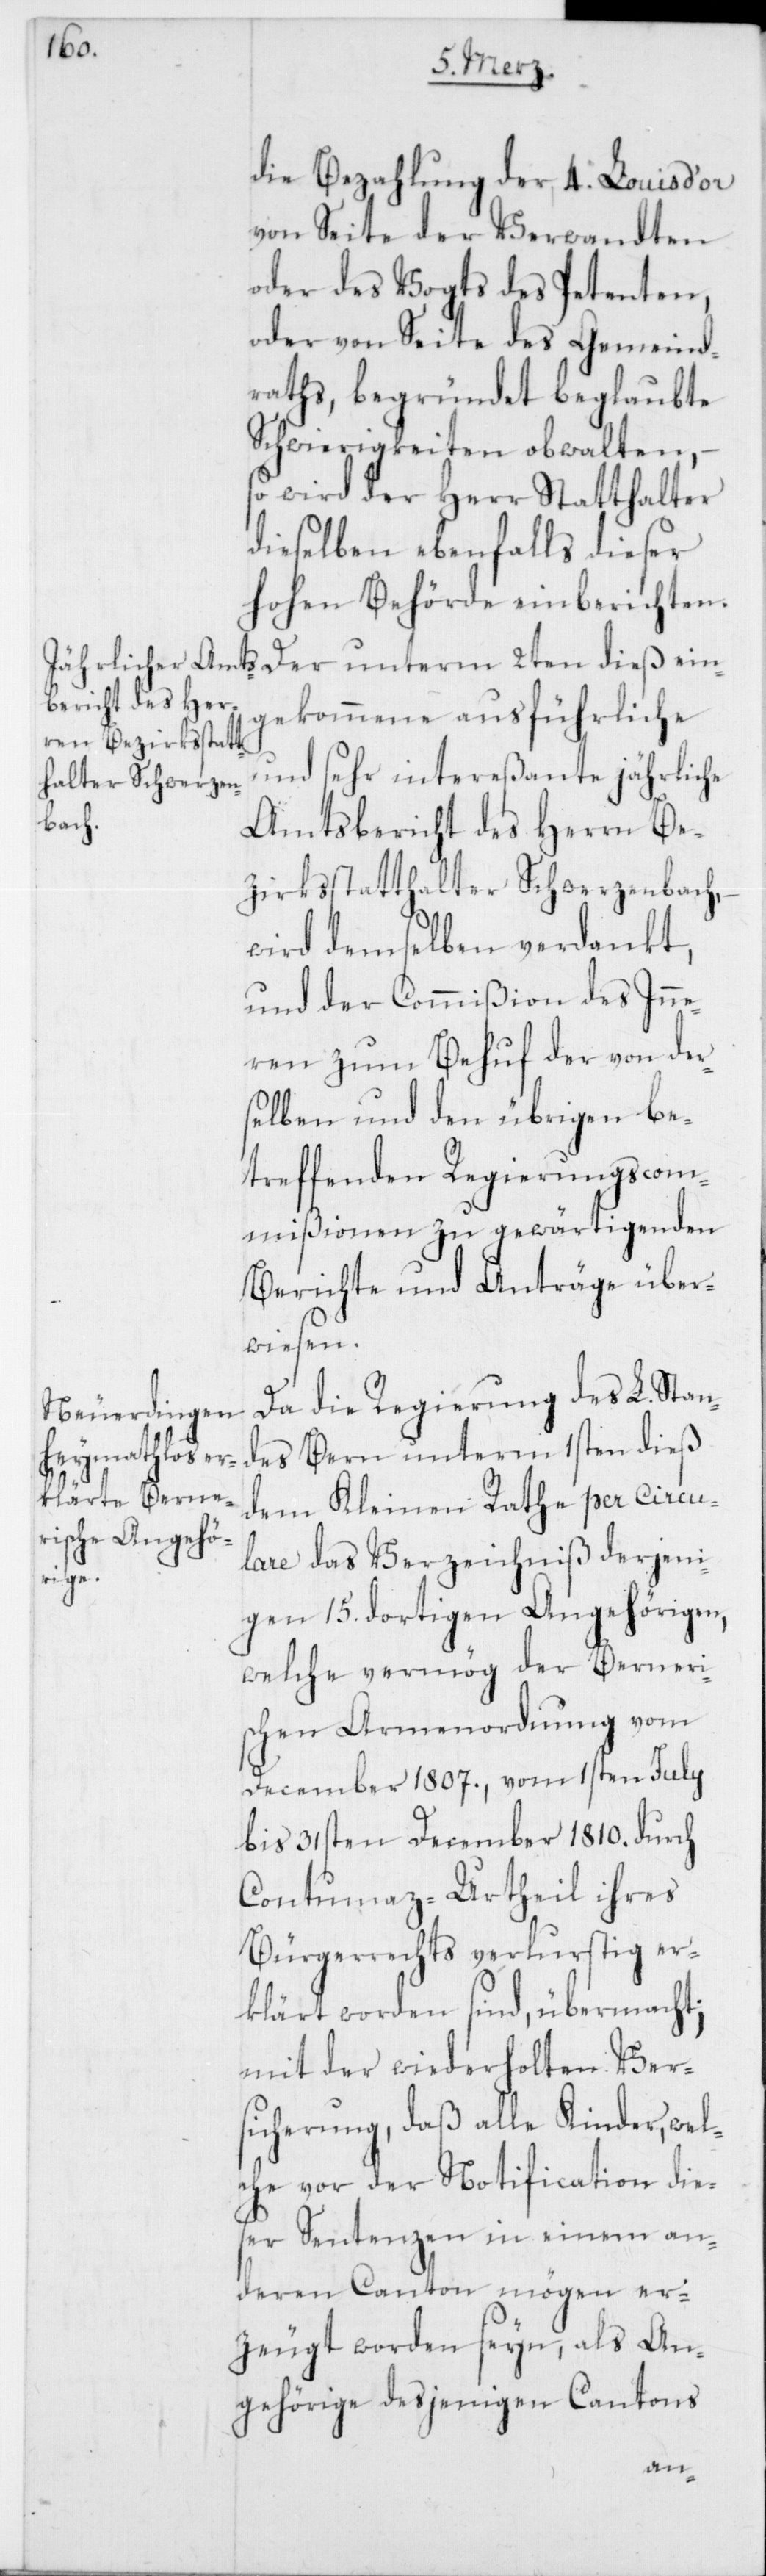
die Bezahlung der 4. Louis d’or
von Seite der Verwandten
oder des Vogts des Petenten,
oder von Seite des Gemeind¬
raths, begründet beglaubte
Schwierigkeiten obwalten,
so wird der Herr Statthalter
dieselben ebenfalls dieser
hohen Behörde einberichten.
Der unterm 2ten dieß ein¬
gekommene ausführliche
und sehr intereßante jährliche
Amtsbericht des Herrn Be¬
zirksstatthalter Schwerzenbach,
wird demselben verdankt,
und der Commißion des Inne¬
ren zum Behuf der von der¬
selben und den übrigen be¬
treffenden Regierungscom¬
mißionen zu gewärtigenden
Berichte und Anträge über¬
wiesen.
Da die Regierung des L. Stan¬
des Bern unterm 1sten dieß
dem Kleinen Rathe per Circu¬
lare das Verzeichniß derjeni¬
gen 15. dortigen Angehörigen,
welche vermög der Berneri¬
schen Armenordnung vom
December 1807., vom 1sten July
bis 31sten December 1810. durch
Contumaz-Urtheil ihres
Bürgerrechts verlustig er¬
klärt worden sind, übermacht;
mit der wiederholten Ver¬
sicherung, daß alle Kinder, wel¬
che vor der Notification dies¬
er Sentenzen in einem an¬
deren Canton mögen er¬
zeugt worden seyn, als An¬
gehörige desjenigen Cantons